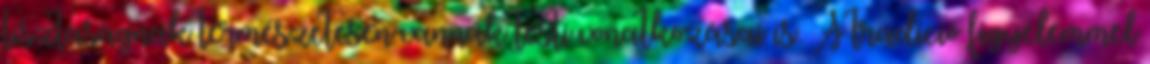
tisztaságnak természetesen vannak testi vonatkozásai is. A tradíció figyelemmel